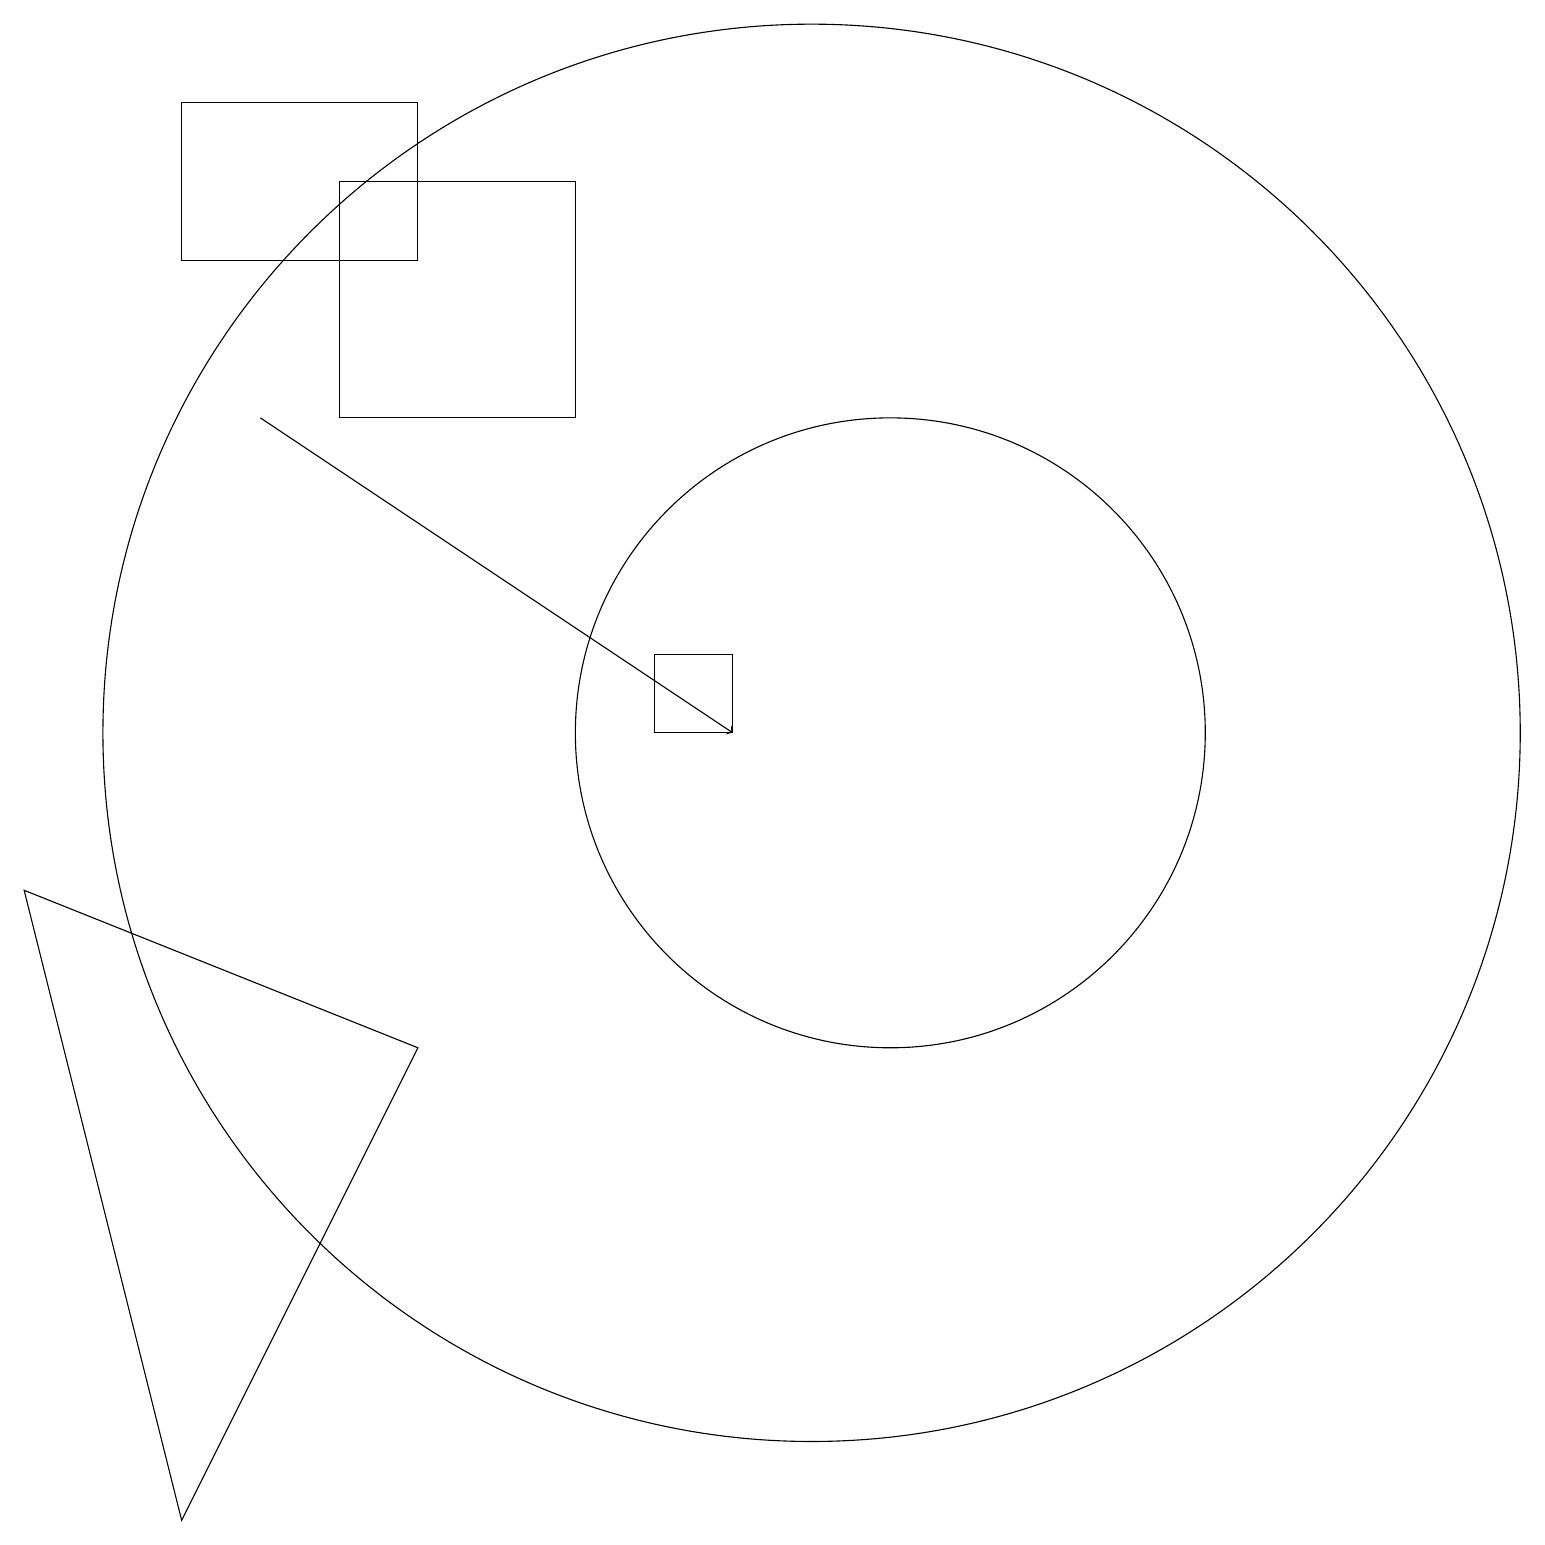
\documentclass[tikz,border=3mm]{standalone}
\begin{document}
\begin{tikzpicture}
\draw (11,10) circle (4);
\draw (2,16) rectangle (5,18);
\draw (9,11) rectangle (8,10);
\draw (2,0) -- (5,6) -- (0,8) -- cycle;
\draw (10,11) circle (0);
\draw[->] (3,14) -- (9,10);
\draw (4,17) rectangle (7,14);
\draw (10,10) circle (9);
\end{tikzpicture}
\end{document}